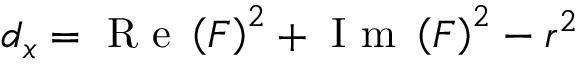
d _ { x } = \mathrm { ~ R ~ e ~ } \left( F \right) ^ { 2 } + \mathrm { ~ I ~ m ~ } \left( F \right) ^ { 2 } - r ^ { 2 }